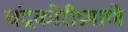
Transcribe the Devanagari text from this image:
चंद्रकोरीप्रमाणे